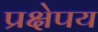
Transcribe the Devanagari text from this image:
प्रक्षेपय